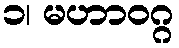
၁၊ မဟာဝဂ္ဂ